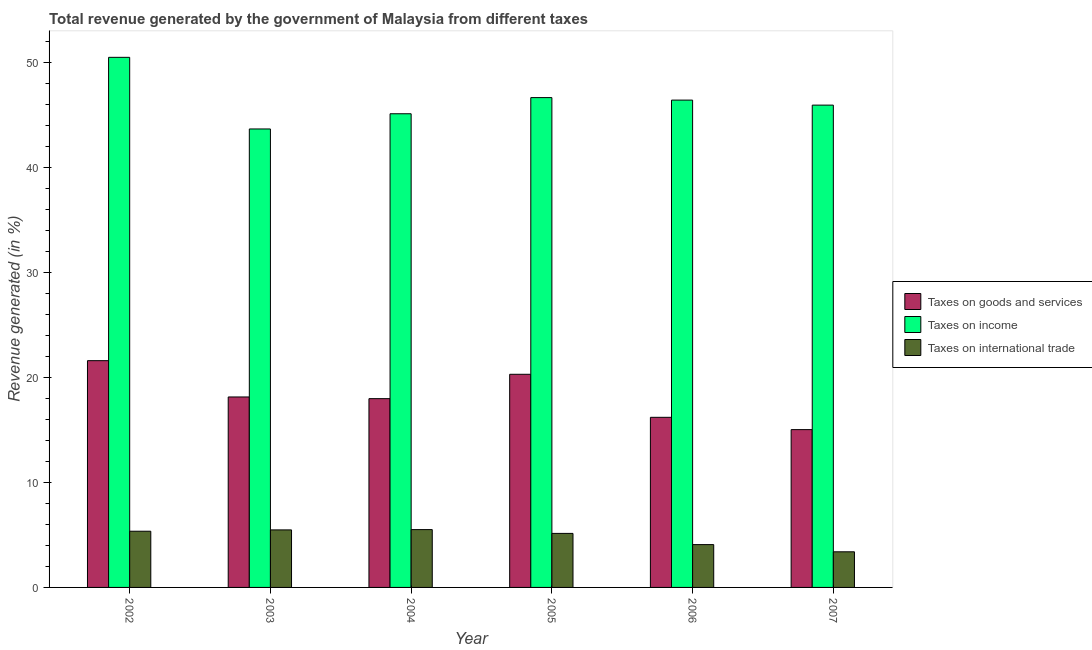
| Year | Taxes on goods and services | Taxes on income | Taxes on international trade |
 | --- | --- | --- | --- |
 | 2002 | 21.6 | 50.5 | 5.35 |
 | 2003 | 18.1 | 43.7 | 5.48 |
 | 2004 | 18 | 45.1 | 5.51 |
 | 2005 | 20.3 | 46.7 | 5.15 |
 | 2006 | 16.2 | 46.4 | 4.08 |
 | 2007 | 15 | 45.9 | 3.39 |